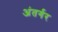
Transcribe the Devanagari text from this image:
अंतर्गर